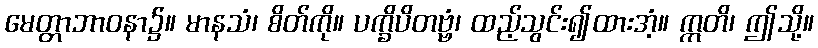
မေတ္တာဘာဝနာ၌။ မာနသံ၊ စိတ်ကို။ ပက္ခိပိတဗ္ဗံ၊ ထည့်သွင်း၍ထားအံ့။ ဣတိ၊ ဤသို့။